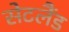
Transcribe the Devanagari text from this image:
सेटलैंड